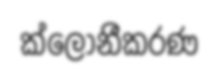
ක්ලෝනීකරණ